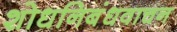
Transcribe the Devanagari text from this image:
शोधनिबंधवाचन